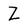
Character: Z